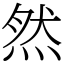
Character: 然